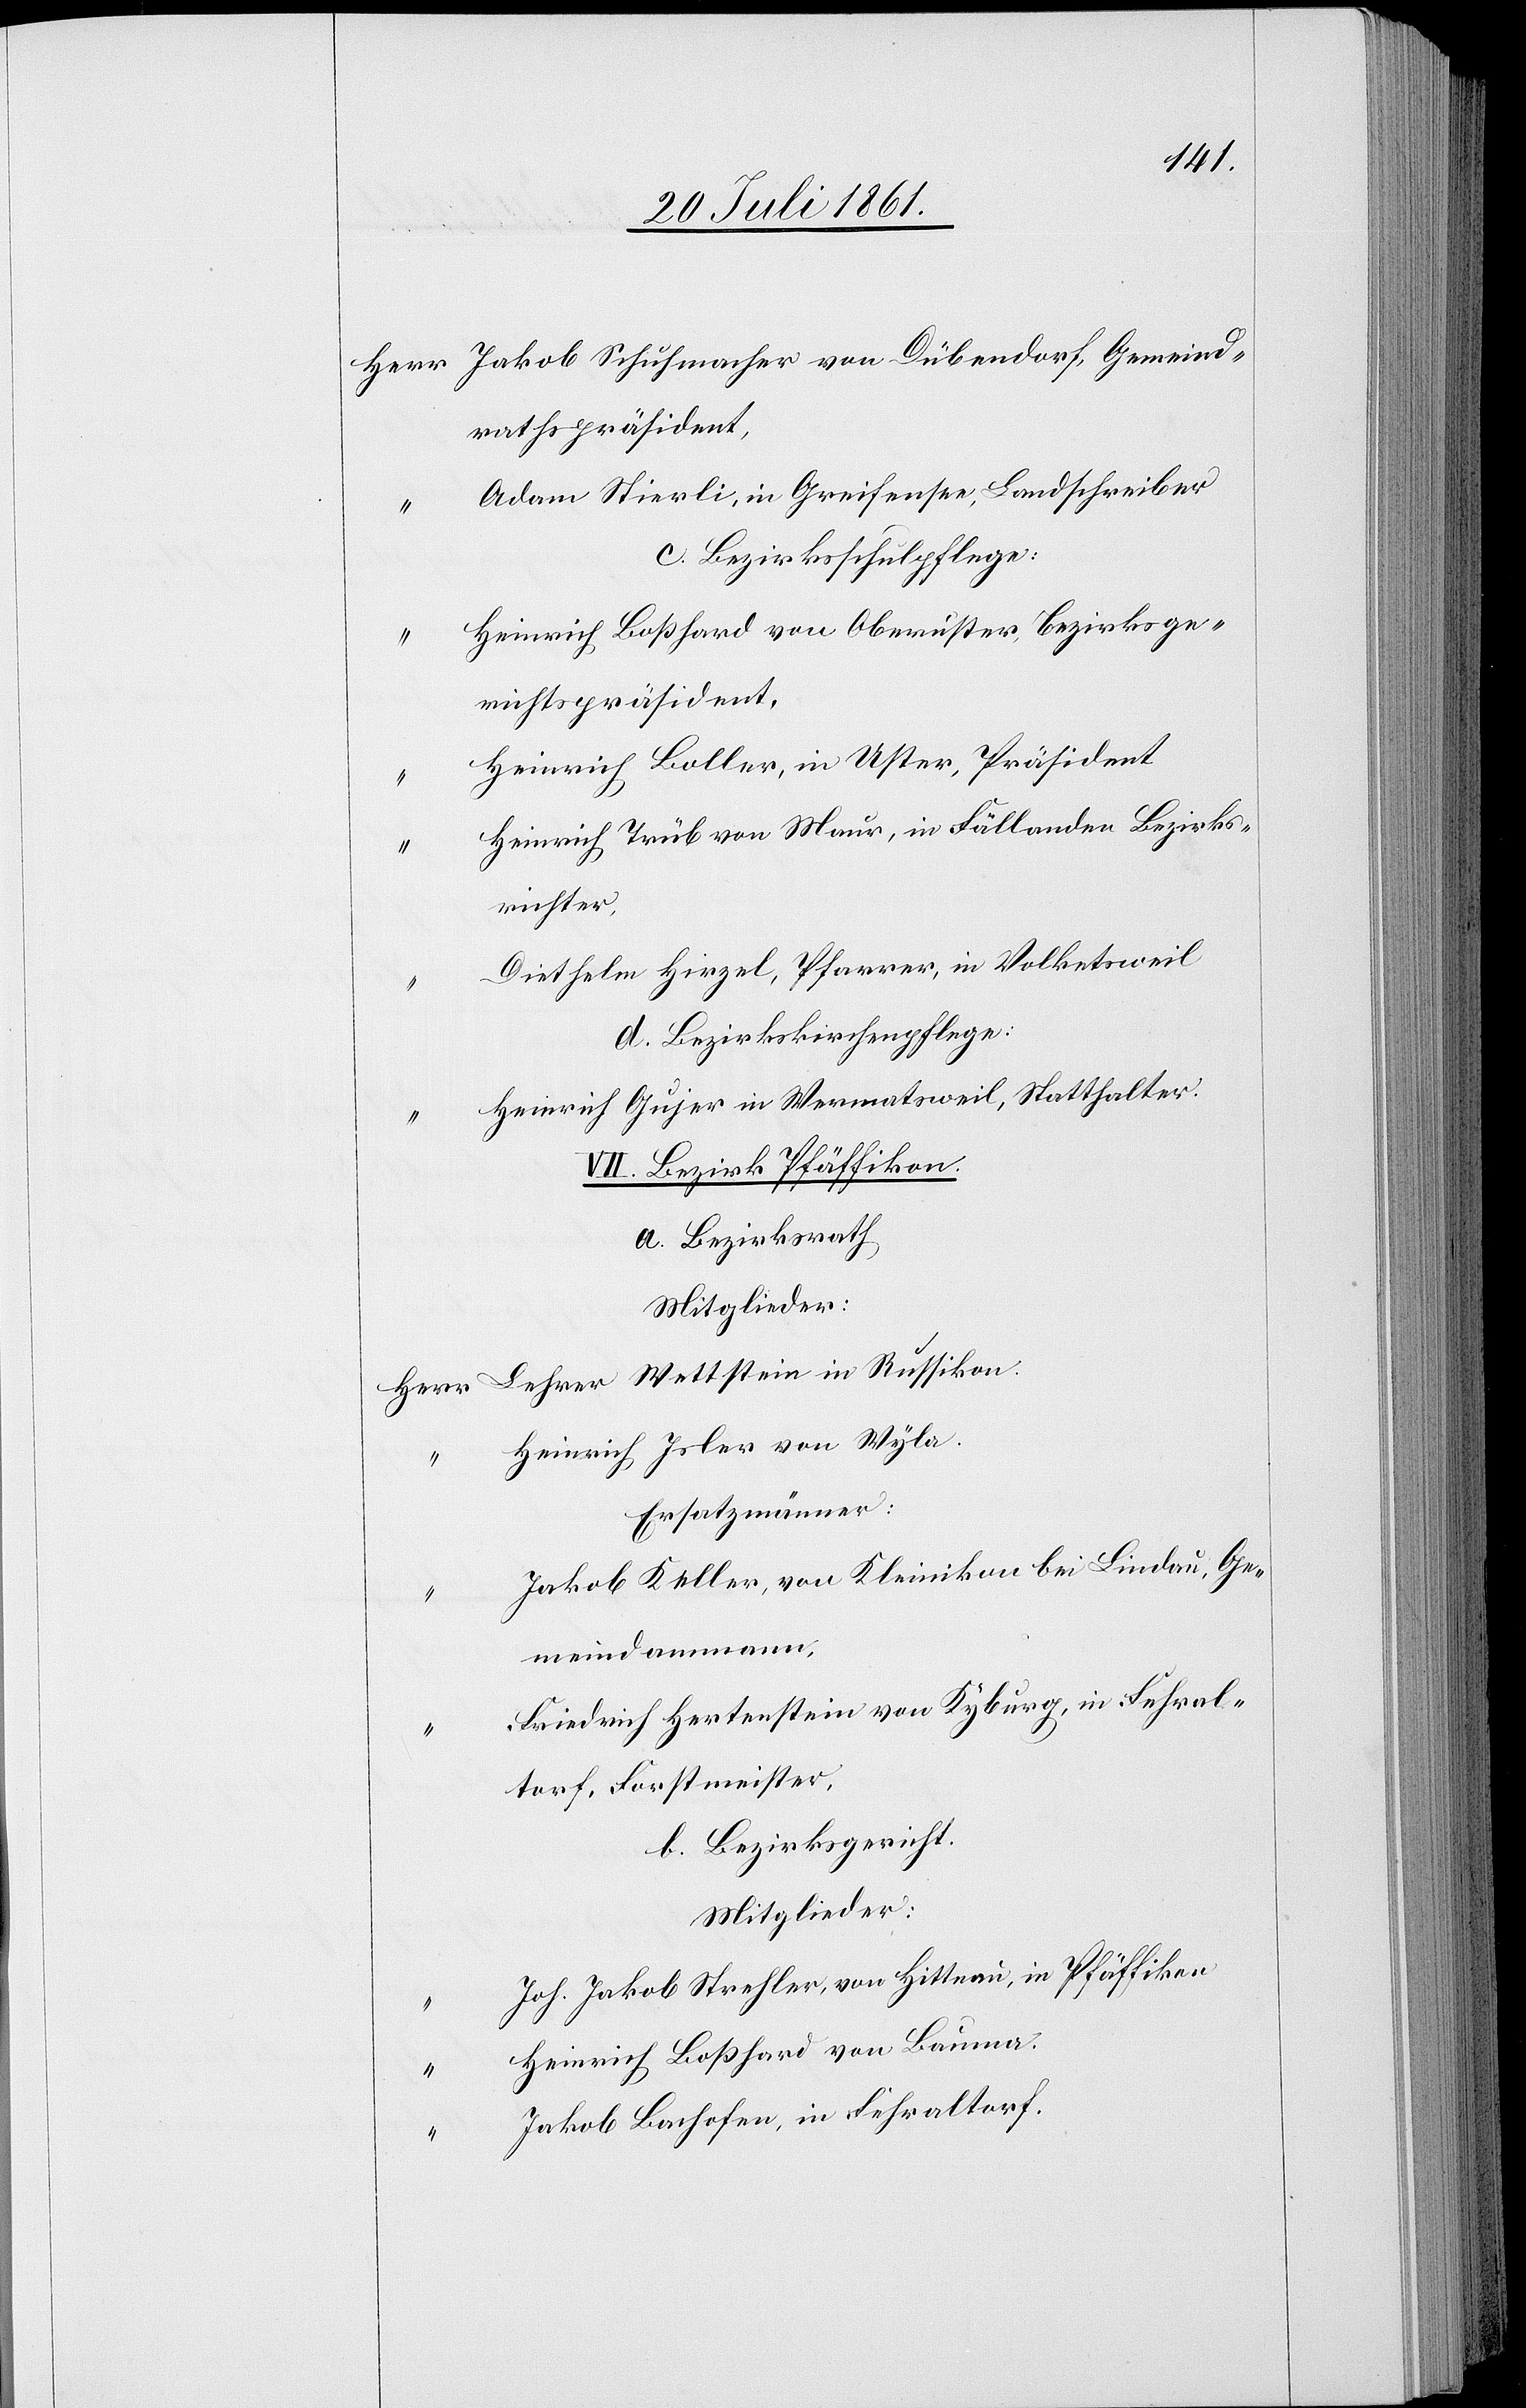
Herr Jakob Schuhmacher von Dübendorf, Gemeind¬
rathspräsident,
Adam Stierli, in Greifensee, Landschreiber
d. Bezirksschulpflege:
Heinrich Boßhard von Oberuster, Bezirksge¬
richtspräsident,
Heinrich Boller, in Uster, Präsident
Heinrich Trüb von Maur, in Fällanden Bezirks¬
richter,
Diethelm Hirzel, Pfarrer, in Volketsweil
“	 Heinrich Gujer in Wermatsweil, Statthalter:
VII. Bezirk Pfäffikon.
a. Bezirksrath
Mitglieder:
Herr Lehrer Wettstein in Russikon.
Heinrich Isler von Wyla.
Ersatzmänner:
Jakob Keller, von Kleinikon bei Lindau, Ge¬
meindammann,
Friedrich Hertenstein von Kyburg, in Fehral¬
torf, Forstmeister,
b. Bezirksgericht.
Mitglieder:
Joh. Jakob Strehler, von Hittnau, in Pfäffikon
Heinrich Boßhard von Bauma.
Jakob Bachofen, in Fehraltorf.